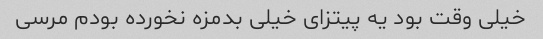
خیلی وقت بود یه پیتزای خیلی بدمزه نخورده بودم مرسی